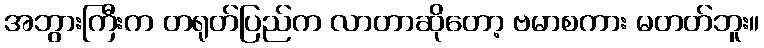
အဘွားကြီးက တရုတ်ပြည်က လာတာဆိုတော့ ဗမာစကား မတတ်ဘူး။